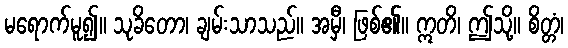
မရောက်မူ၍။ သုခိတော၊ ချမ်းသာသည်။ အမှီ၊ ဖြစ်၏။ ဣတိ၊ ဤသို့။ စိတ္တံ၊